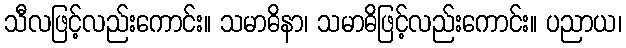
သီလဖြင့်လည်းကောင်း။ သမာဓိနာ၊ သမာဓိဖြင့်လည်းကောင်း။ ပညာယ၊